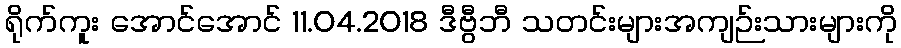
ရိုက်ကူး အောင်အောင် 11.04.2018 ဒီဗွီဘီ သတင်းများအကျဉ်းသားများကို